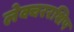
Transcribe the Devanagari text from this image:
लेक्चररशिप